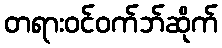
တရားဝင်ဝက်ဘ်ဆိုက်